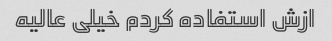
ازش استفاده کردم خیلی عالیه